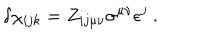
LaTeX: \delta \chi _ { i j k } = Z _ { i j \mu \nu } \sigma ^ { \mu \nu } \epsilon ^ { j } \ .